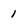
Character: 1